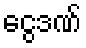
ငွေဒဏ်